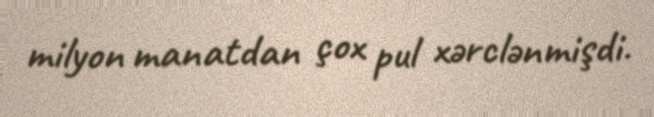
milyon manatdan çox pul xərclənmişdi.